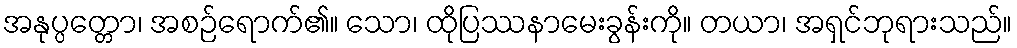
အနုပ္ပတ္တော၊ အစဉ်ရောက်၏။ သော၊ ထိုပြဿနာမေးခွန်းကို။ တယာ၊ အရှင်ဘုရားသည်။